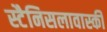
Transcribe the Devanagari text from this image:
स्टैनिसलावास्की